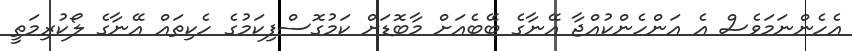
އެހެންނަމަވެސް އެ އަންހެންކުއްޖާ އޭނާގެ ބޭބެއަށް މާބޮޑަށް ކަމުގޮސްފިކަމުގެ ހެކިތައް އޭނާގެ ލޯކުރިމަތީ